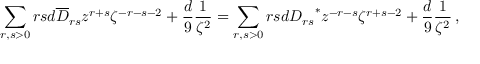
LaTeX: \sum _ { r , s > 0 } r s d \overline { { D } } _ { r s } z ^ { r + s } \zeta ^ { - r - s - 2 } + { \frac { d } { 9 } } { \frac { 1 } { \zeta ^ { 2 } } } = \sum _ { r , s > 0 } r s d { D _ { r s } } ^ { \ast } z ^ { - r - s } \zeta ^ { r + s - 2 } + { \frac { d } { 9 } } { \frac { 1 } { \zeta ^ { 2 } } } \, ,